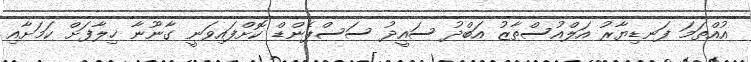
އުއްތަމަ ފަނޑިޔާރު އަލްއުސްތާޒު އަބްދު ސައީދު ސަސްޕެންޑް ކޮށްފައިވަނީ ގާނޫނާ ޚިލާފަށް ކަމަށާއި